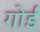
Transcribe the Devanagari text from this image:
गोर्ड